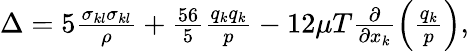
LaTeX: \begin{array}{r}{\Delta=5\frac{\sigma_{kl}\sigma_{kl}}{\rho}+\frac{56}{5}\frac{q_{k}q_{k}}{p}-12\mu T\frac{\partial}{\partial x_{k}}\left(\frac{q_{k}}{p}\right),}\end{array}